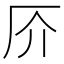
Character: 𠨴